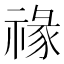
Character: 禒